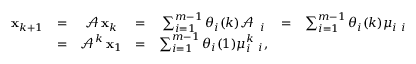
\begin{array} { c c c c c c c } { { \bf x } _ { k + 1 } } & { = } & { \mathcal { A } \, { \bf x } _ { k } } & { = } & { \sum _ { i = 1 } ^ { m - 1 } \theta _ { i } ( k ) \mathcal { A } \, { \bf \phi } _ { i } } & { = } & { \sum _ { i = 1 } ^ { m - 1 } \theta _ { i } ( k ) \mu _ { i } { \bf \phi } _ { i } } \\ & { = } & { \mathcal { A } ^ { k } \, { \bf x } _ { 1 } } & { = } & { \sum _ { i = 1 } ^ { m - 1 } \theta _ { i } ( 1 ) \mu _ { i } ^ { k } { \bf \phi } _ { i } \mathrm { , } } \end{array}